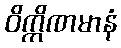
ဝိက္ကိဏမာနံ